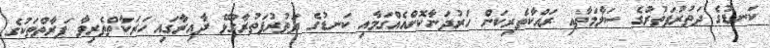
ކަނޑުގެ ދަތުރުފަތުރުގެ ސަލާމަތާއި ރައްކާތެރިކަން ހަރުދަނާކޮށްއެއްގަމާއި ކަނޑުގެ ދަތުރުފަތުރާގުޅޭ ދާއިރާގައި ހަރަކާތްތެރިވާ ފަރާތްތަކުގެ